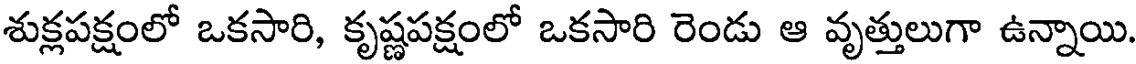
శుక్లపక్షంలో ఒకసారి, కృష్ణపక్షంలో ఒకసారి రెండు ఆ వృత్తులుగా ఉన్నాయి